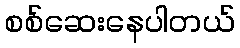
စစ်ဆေးနေပါတယ်